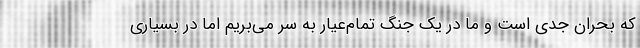
که بحران جدی است و ما در یک جنگ تمام‌عیار به سر می‌بریم اما در بسیاری